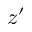
z ^ { \prime }